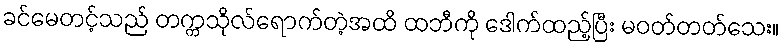
ခင်မေတင့်သည် တက္ကသိုလ်ရောက်တဲ့အထိ ထဘီကို ဒေါက်ထည့်ပြီး မဝတ်တတ်သေး။